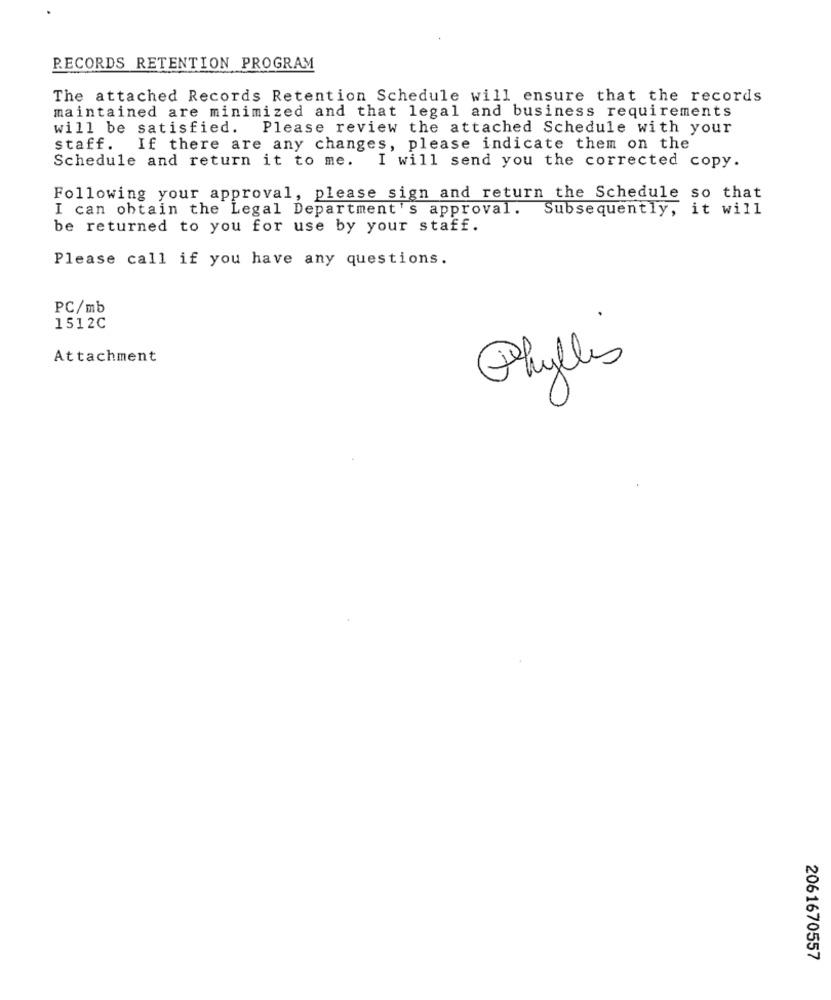
RECORDS RETENTION PROGRAM
The attached Records Retention Schedule will ensure that the records
maintained are minimized and that legal and business requirements
will be satisfied.
Please review the attached Schedule with your
staff.
If there are any changes, please indicate them on the
Schedule and return it to me.
I will send you the corrected copy.
Following your approval, please sign and return the Schedule so that
I can obtain the Legal Department's approval. Subsequently, it will
be returned to you for use by your staff.
Please call if you have any questions.
PC/mb
1512C
Attachment
Phyllis
2061670557